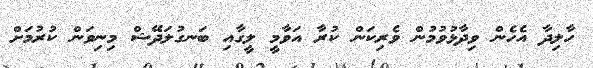
ހާލިދާ އެހެން ވިދާޅުވުމުން ވެރިކަން ކުރާ އަވާމީ ލީގާއި ބަނގުލަދޭޝް މިނިވަން ކުރުމަށް